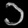
Digit: ၁